Punjab Mental Hospital Lahore 1922-31 - 1922-1931
Year: 1922
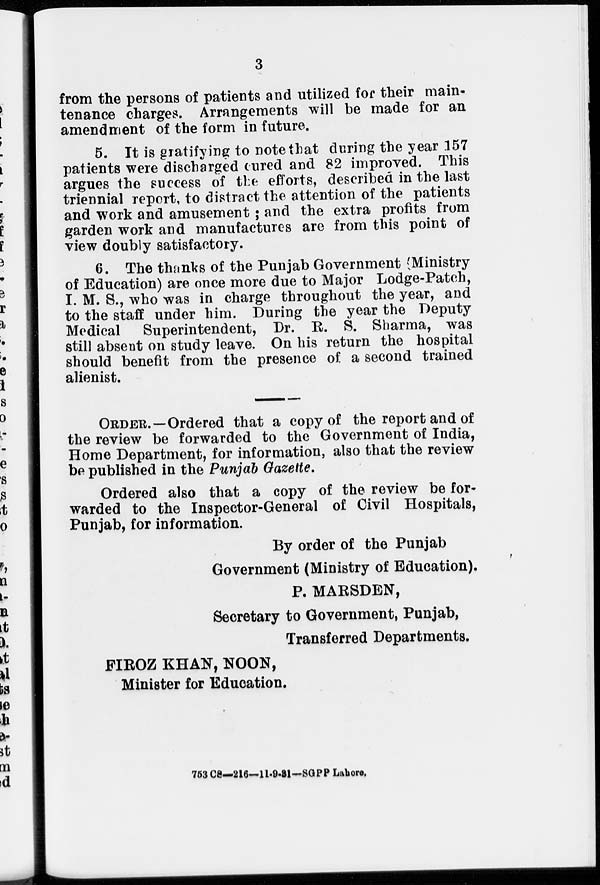
3
from the persons of patients and utilized for their main-
tenance charges. Arrangements will be made for an
amendment of the form in future.
5. It is gratifying to note that during the year 157
patients were discharged cured and 82 improved. This
argues the success of the efforts, described in the last
triennial report, to distract the attention of the patients
and work and amusement; and the extra profits from
garden work and manufactures are from this point of
view doubly satisfactory.
6. The thanks of the Punjab Government (Ministry
of Education) are once more due to Major Lodge-Patch,
I. M. S., who was in charge throughout the year, and
to the staff under him. During the year the Deputy
Medical Superintendent, Dr. R. S. Sharma, was
still absent on study leave. On his return the hospital
should benefit from the presence of a second trained
alienist.
ORDER.—Ordered that a copy of the report and of
the review be forwarded to the Government of India,
Home Department, for information, also that the review
be published in the Punjab Gazette.
Ordered also that a copy of the review be for-
warded to the Inspector-General of Civil Hospitals,
Punjab, for information.
By order of the Punjab
Government (Ministry of Education).
P. MARSDEN,
Secretary to Government, Punjab,
Transferred Departments.
FIROZ KHAN, NOON,
Minister for Education.
753 CS—216—11-9-31—SGPP Lahore.